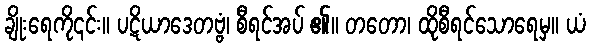
ချိုးရေကို၎င်း။ ပဋိယာဒေတဗ္ဗံ၊ စီရင်အပ် ၏။ တတော၊ ထိုစီရင်သောရေမှ။ ယံ